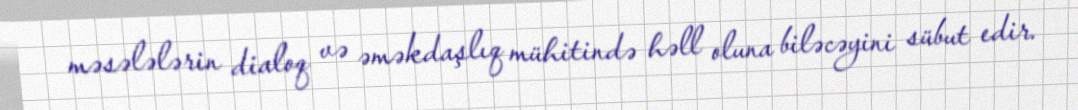
məsələlərin dialoq və əməkdaşlıq mühitində həll oluna biləcəyini sübut edir.